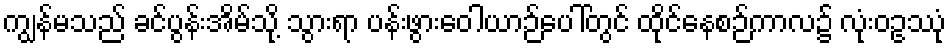
ကျွန်မသည် ခင်ပွန်းအိမ်သို့ သွားရာ ပန်းဖွားဝေါယာဉ်ပေါ်တွင် ထိုင်နေစဉ်ကာလ၌ လုံးဝဥဿုံ